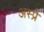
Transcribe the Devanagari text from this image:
अस्प्रे